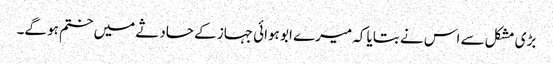
بڑی مشکل سے اس نے بتایا کہ میرے ابو ہوائی جہاز کے حادثے میں ختم ہو گے۔